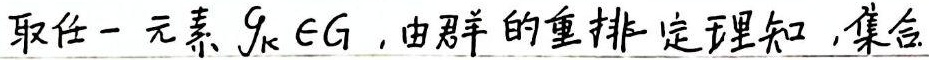
取任一元素 \(g_{k} \in G\), 由群的重排定理知, 集合